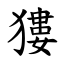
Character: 㺏